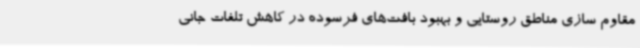
مقاوم سازی مناطق روستایی و بهبود بافت‌های فرسوده در کاهش تلفات جانی